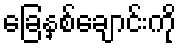
ခြေနှစ်ချောင်းကို